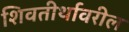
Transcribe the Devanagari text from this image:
शिवतीर्थावरील